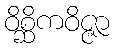
ဝိစ္ဆိကဝိဇ္ဇာ